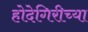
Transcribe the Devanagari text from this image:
होदेगिरीच्या